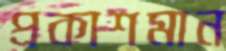
প্রকাশমান